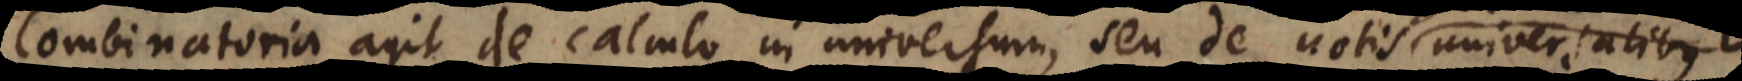
Combinatoria agit de calculo in universum, seu de notis universalibu